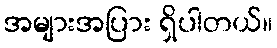
အများအပြား ရှိပါတယ်။